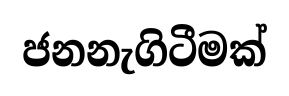
ජනනැගිටීමක්